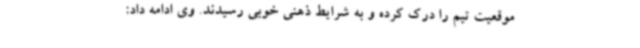
موقعیت تیم را درک کرده و به شرایط ذهنی خوبی رسیدند. وی ادامه داد: